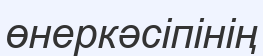
өнеркәсіпінің